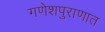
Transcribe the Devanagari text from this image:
गणेशपुराणात